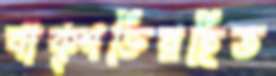
বাক্শক্তিরহিত